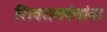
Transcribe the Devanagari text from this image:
शिवरामपंतांना